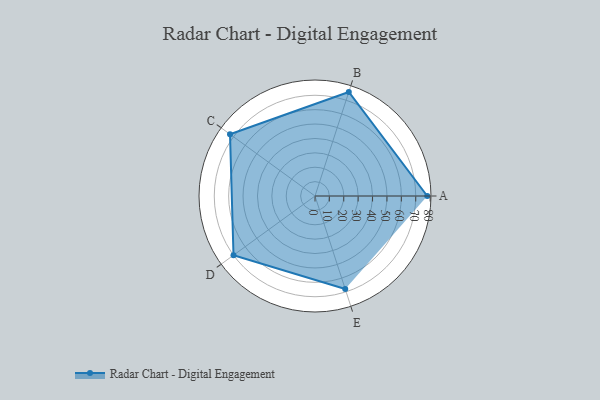
{"axis": {"x": "Skill", "y": "Score"}, "legend": ["Profile"], "data": [{"x": "A", "y": 78.0, "type": "Profile"}, {"x": "B", "y": 76.0, "type": "Profile"}, {"x": "C", "y": 73.0, "type": "Profile"}, {"x": "D", "y": 70.0, "type": "Profile"}, {"x": "E", "y": 68.0, "type": "Profile"}]}